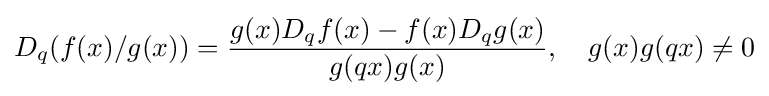
\displaystyle D_{q}(f(x)/g(x))={\frac {g(x)D_{q}f(x)-f(x)D_{q}g(x)}{g(qx)g(x)}},\quad g(x)g(qx)\neq 0